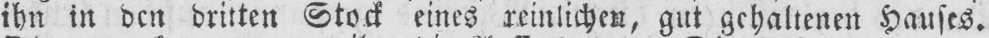
ihn in den dritten Stock eines reinlichen, gut gehaltenen Hauses.